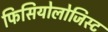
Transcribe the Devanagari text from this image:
फिसियोलोजिस्ट